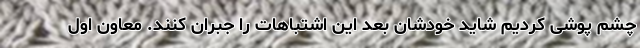
چشم پوشی کردیم شاید خودشان بعد این اشتباهات را جبران کنند. معاون اول